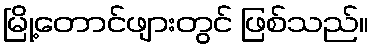
မြို့တောင်ဖျားတွင် ဖြစ်သည်။